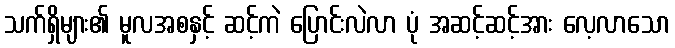
သက်ရှိများ၏ မူလအစနှင့် ဆင့်ကဲ ပြောင်းလဲလာ ပုံ အဆင့်ဆင့်အား လေ့လာသော